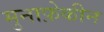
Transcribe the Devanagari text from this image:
मुनाफ़ेकीन